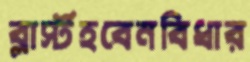
ব্লার্স্টহবেনবিধার